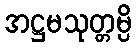
အဋ္ဌမသုတ္တမ္ပိ